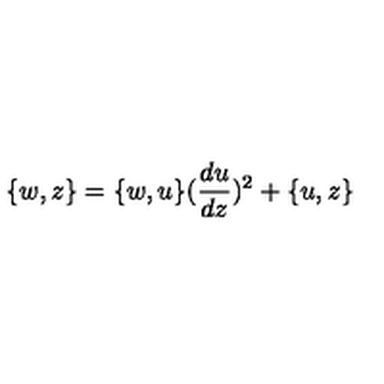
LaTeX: \{ w , z \} = \{ w , u \} ( \frac { d u } { d z } ) ^ { 2 } + \{ u , z \}